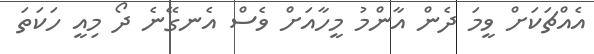
އެއްޗަކަށް ވީމަ ދެން އާންމު މީހާއަށް ވެސް އެނގޭނެ ދޯ މިއީ ހަކަތަ